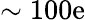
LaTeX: \sim100\mathrm{e}